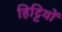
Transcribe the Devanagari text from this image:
हिट्टियों